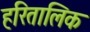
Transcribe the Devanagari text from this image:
हरितालिक